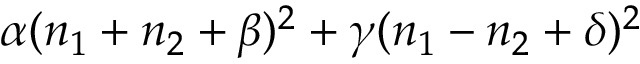
\alpha ( n _ { 1 } + n _ { 2 } + \beta ) ^ { 2 } + \gamma ( n _ { 1 } - n _ { 2 } + \delta ) ^ { 2 }